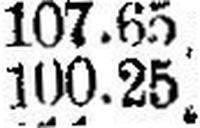
100.25